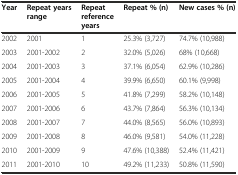
<table><thead><tr><td><b>Year</b></td><td><b>Repeat years range</b></td><td><b>Repeat reference years</b></td><td><b>Repeat % (n)</b></td><td><b>New cases % (n)</b></td></tr></thead><tbody><tr><td>2002</td><td>2001</td><td>1</td><td>25.3% (3,727)</td><td>74.7% (10,988)</td></tr><tr><td>2003</td><td>2001-2002</td><td>2</td><td>32.0% (5,026)</td><td>68% (10,668)</td></tr><tr><td>2004</td><td>2001-2003</td><td>3</td><td>37.1% (6,054)</td><td>62.9% (10,286)</td></tr><tr><td>2005</td><td>2001-2004</td><td>4</td><td>39.9% (6,650)</td><td>60.1% (9,998)</td></tr><tr><td>2006</td><td>2001-2005</td><td>5</td><td>41.8% (7,299)</td><td>58.2% (10,148)</td></tr><tr><td>2007</td><td>2001-2006</td><td>6</td><td>43.7% (7,864)</td><td>56.3% (10,134)</td></tr><tr><td>2008</td><td>2001-2007</td><td>7</td><td>44.0% (8,565)</td><td>56.0% (10,893)</td></tr><tr><td>2009</td><td>2001-2008</td><td>8</td><td>46.0% (9,581)</td><td>54.0% (11,228)</td></tr><tr><td>2010</td><td>2001-2009</td><td>9</td><td>47.6% (10,388)</td><td>52.4% (11,421)</td></tr><tr><td>2011</td><td>2001-2010</td><td>10</td><td>49.2% (11,233)</td><td>50.8% (11,590)</td></tr></tbody></table>